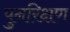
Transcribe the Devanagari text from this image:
पुनरिक्षण